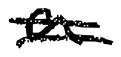
Text: a
Cross-out: double-line
Writing tool: digital_black